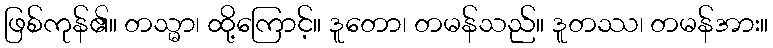
ဖြစ်ကုန်၏။ တသ္မာ၊ ထို့ကြောင့်။ ဒူတော၊ တမန်သည်။ ဒူတဿ၊ တမန်အား။